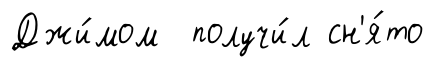
Джи́мом получи́л сн'я́то